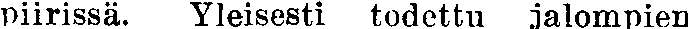
piirissä. Yleisesti todettu jalompien